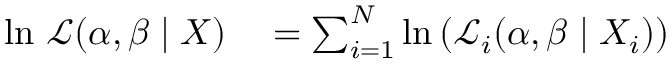
\begin{array} { r l } { \ln \, { \mathcal { L } } ( \alpha , \beta \mid X ) } & { { } = \sum _ { i = 1 } ^ { N } \ln \left( { \mathcal { L } } _ { i } ( \alpha , \beta \mid X _ { i } ) \right) } \end{array}